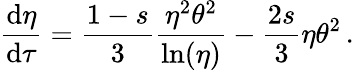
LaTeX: \frac{\mathrm{d}\eta}{\mathrm{d}\tau}=\frac{1-s}{3}\frac{\eta^{2}\theta^{2}}{\ln(\eta)}-\frac{2s}{3}\eta\theta^{2}\, .